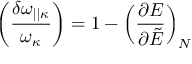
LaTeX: \left( { \frac { \delta \omega _ { | | \kappa } } { \omega _ { \kappa } } } \right) = 1 - \left( { \frac { \partial { \cal E } } { \partial \tilde { \cal E } } } \right) _ { N }